Annual report on the Civil Veterinary Department, Burma (including the Insein Veterinary School) - 1932-1941
Year: 1932
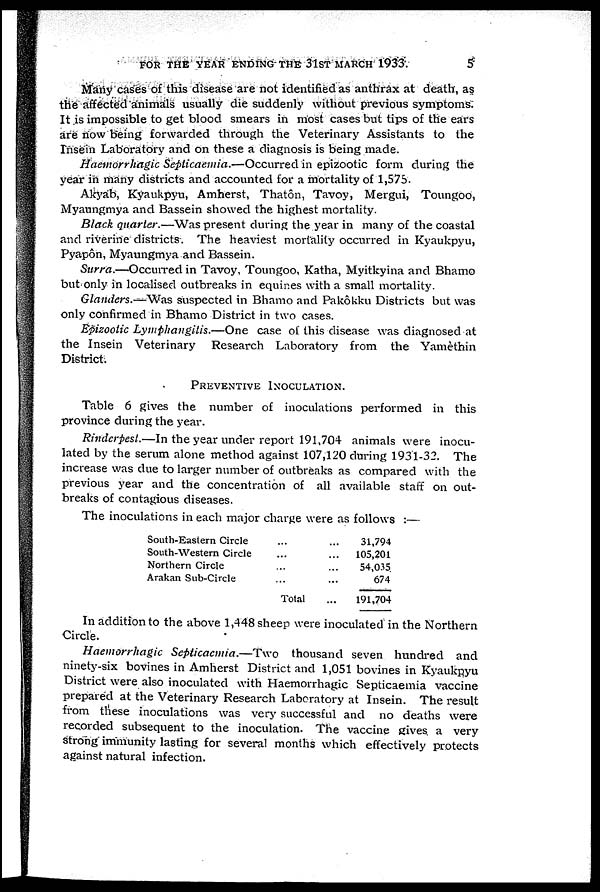
FOR THE YEAR ENDING THE 31ST MARCH 1933.
5
Many cases of this disease are not identified as anthrax at death, as
the affected animals usually die suddenly without previous symptoms.
It is impossible to get blood smears in most cases but tips of the ears
are now being forwarded through the Veterinary Assistants to the
Insein Laboratory and on these a diagnosis is being made.
Haemorrhagic Septicaemia.—Occurred in epizootic form during the
year in many districts and accounted for a mortality of 1,575.
Akyab, Kyaukpyu, Amherst, Thatôn, Tavoy, Mergui, Toungoo,
Myaungmya and Bassein showed the highest mortality.
Black quarter.—Was present during the year in many of the coastal
and riverine districts. The heaviest mortality occurred in Kyaukpyu,
Pyapôn, Myaungmya and Bassein.
Surra.—Occurred in Tavoy, Toungoo, Katha, Myitkyina and Bhamo
but only in localised outbreaks in equines with a small mortality.
Glanders.—Was suspected in Bhamo and Pakôkku Districts but was
only confirmed in Bhamo District in two cases.
Epizootic Lymphangitis.—One case of this disease was diagnosed at
the Insein Veterinary Research Laboratory from the Yamèthin
District.
PREVENTIVE INOCULATION.
Table 6 gives the number of inoculations performed in this
province during the year.
Rinderpest.—In the year under report 191,704 animals were inocu-
lated by the serum alone method against 107,120 during 1931-32. The
increase was due to larger number of outbreaks as compared with the
previous year and the concentration of all available staff on out-
breaks of contagious diseases.
The inoculations in each major charge were as follows :—
South-Eastern Circle
South-Western Circle
Northern Circle
Arakan Sub-Circle
...
...
...
...
Total
...
...
...
...
...
31,794
105,201
54,035
674
191,704
In addition to the above 1,448 sheep were inoculated in the Northern
Circle.
Haemorrhagic Septicaemia.—Two thousand seven hundred and
ninety-six bovines in Amherst District and 1,051 bovines in Kyaukpyu
District were also inoculated with Haemorrhagic Septicaemia vaccine
prepared at the Veterinary Research Laboratory at Insein. The result
from these inoculations was very successful and no deaths were
recorded subsequent to the inoculation. The vaccine gives a very
strong immunity lasting for several months which effectively protects
against natural infection.